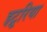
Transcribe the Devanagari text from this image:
इट्रूरिया